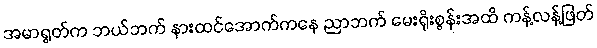
အမာရွတ်က ဘယ်ဘက် နားထင်အောက်ကနေ ညာဘက် မေးရိုးစွန်းအထိ ကန့်လန့်ဖြတ်